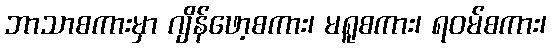
ဘာသာစကားမှာ ဂျိန်ဖော့စကား၊ မရူစကား၊ ရဝမ်စကား၊